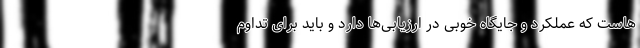
هاست که عملکرد و جایگاه خوبی در ارزیابی‌ها دارد و باید برای تداوم